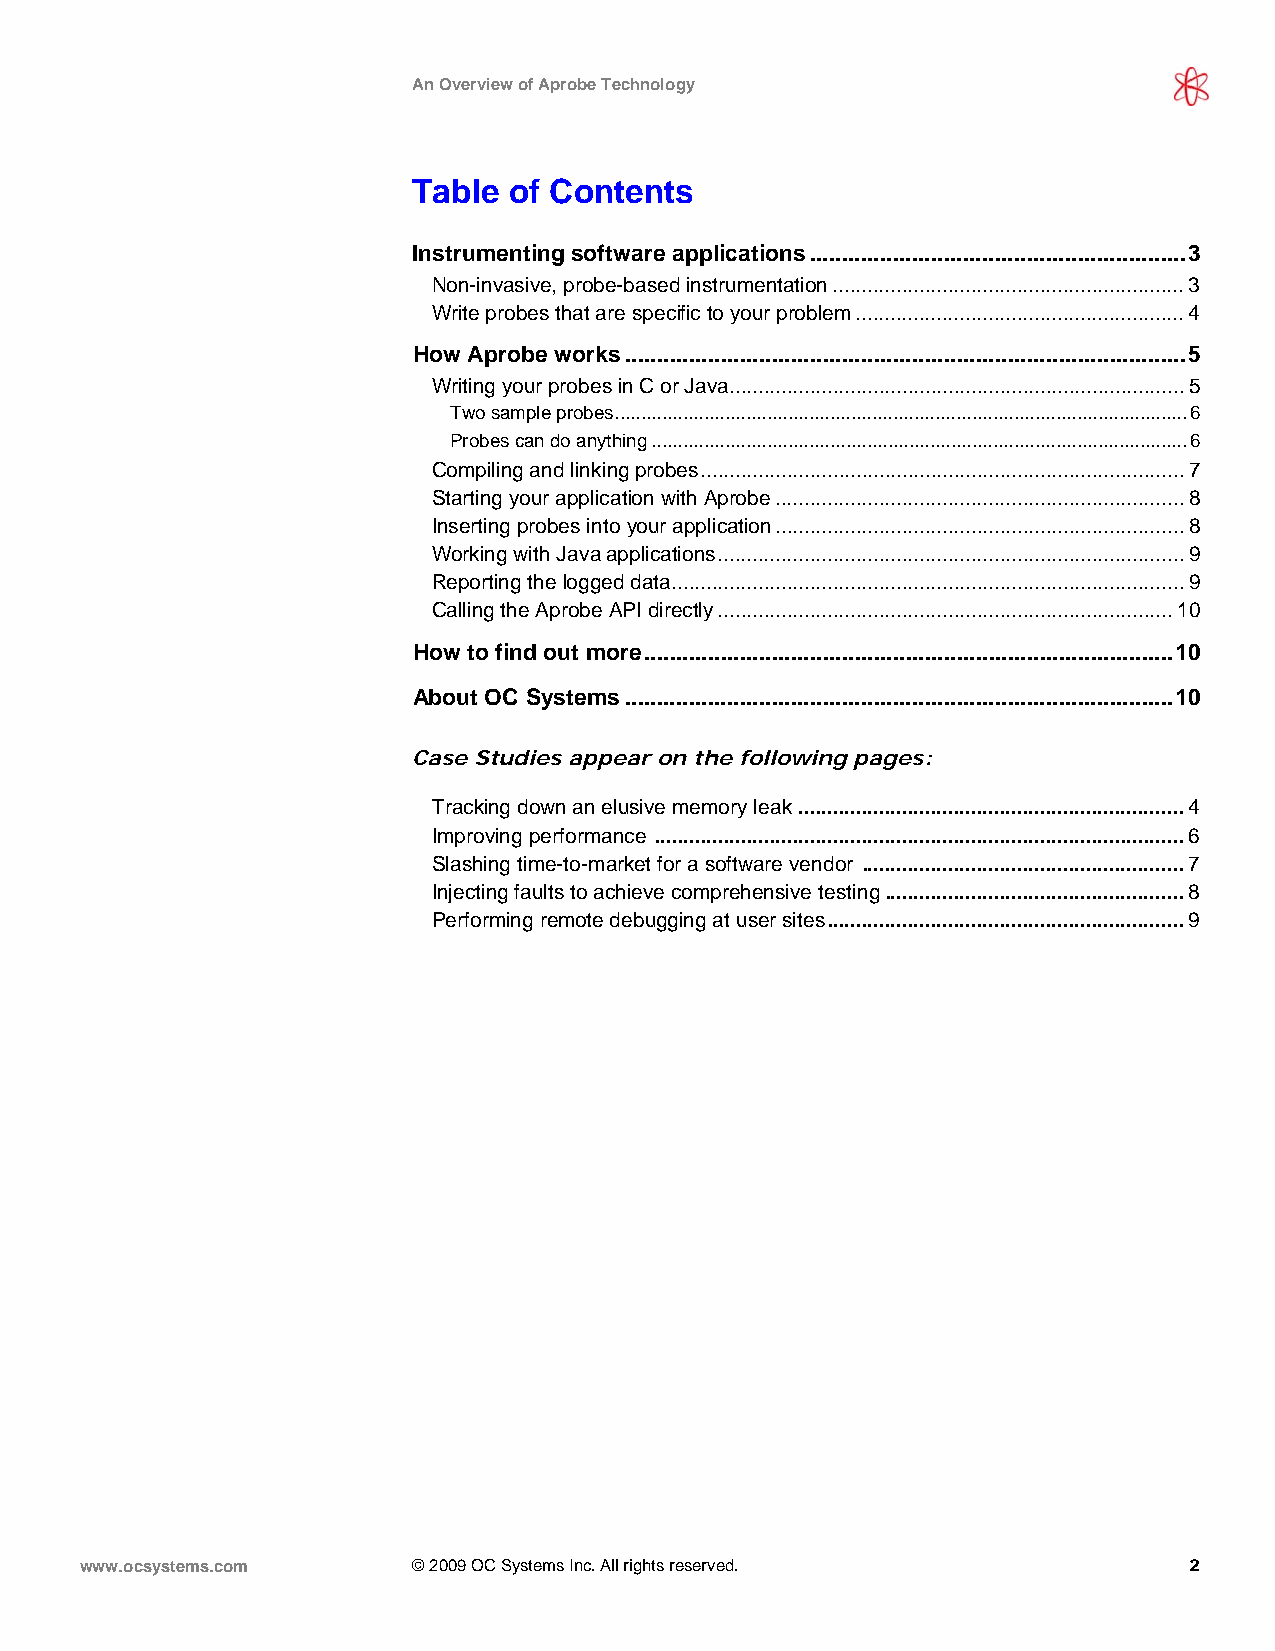
An Overview of Aprobe Technology
 Table  of Contents
 Instrumenting software applications...........................................................3
 Non-invasive, probe-based instrumentation.............................................................3
 Write probes that are specific to your problem.........................................................4
 How Aprobe works........................................................................................5
 Writing your probes in C or Java...............................................................................5
 Two sample probes.............................................................................................................6
 Probes can do anything......................................................................................................6
 Compiling and linking probes....................................................................................7
 Starting your application with Aprobe.......................................................................8
 Inserting probes into your application.......................................................................8
 Working with Java applications.................................................................................9
 Reporting the logged data.........................................................................................9
 Calling the Aprobe API directly...............................................................................10
 How to find out more...................................................................................10
 About OC Systems......................................................................................10
 Case Studies appear on the following pages:
 Tracking down an elusive memory leak ...................................................................4
 Improving performance ............................................................................................6
 Slashing time-to-market for a software vendor ........................................................7
 Injecting faults to achieve comprehensive testing....................................................8
 Performing remote debugging at user sites..............................................................9
 www.ocsystems.com     © 2009 OC Systems Inc. All rights reserved.         2